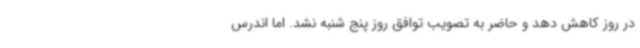
در روز کاهش دهد و حاضر به تصویب توافق روز پنج شنبه نشد. اما اندرس